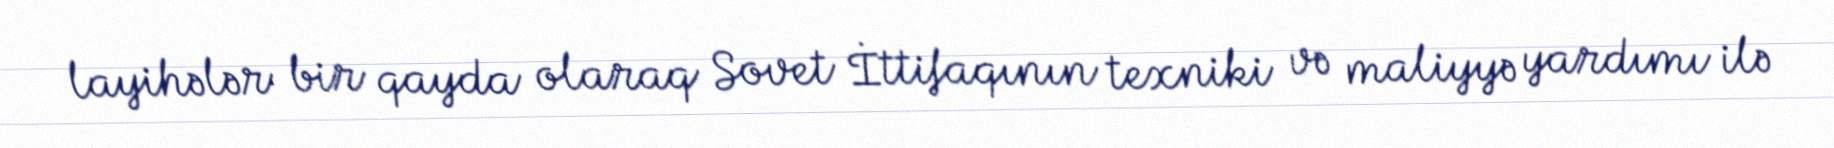
layihələr bir qayda olaraq Sovet İttifaqının texniki və maliyyə yardımı ilə